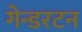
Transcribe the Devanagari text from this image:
गेन्डरटन